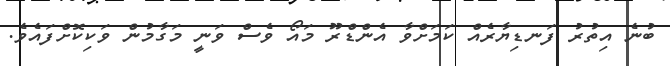
ބުނެ އިތުރު ފަނޑިޔާރެއް ކަމަށްވާ އެންޑްރޫ މައޯ ވެސް ވަނީ މަގާމުން ވަކިކޮށްފައެވެ.